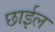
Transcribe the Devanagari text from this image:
छार्इल